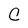
Character: C